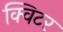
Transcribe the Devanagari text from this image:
क्विटर